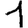
Digit: 1